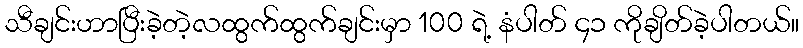
သီချင်းဟာပြီးခဲ့တဲ့လထွက်ထွက်ချင်းမှာ 100 ရဲ့ နံပါတ် ၄၁ ကိုချိတ်ခဲ့ပါတယ်။